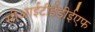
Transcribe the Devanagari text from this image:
सीआईटीईडीईएफ